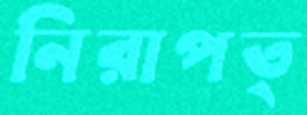
নিরাপত্